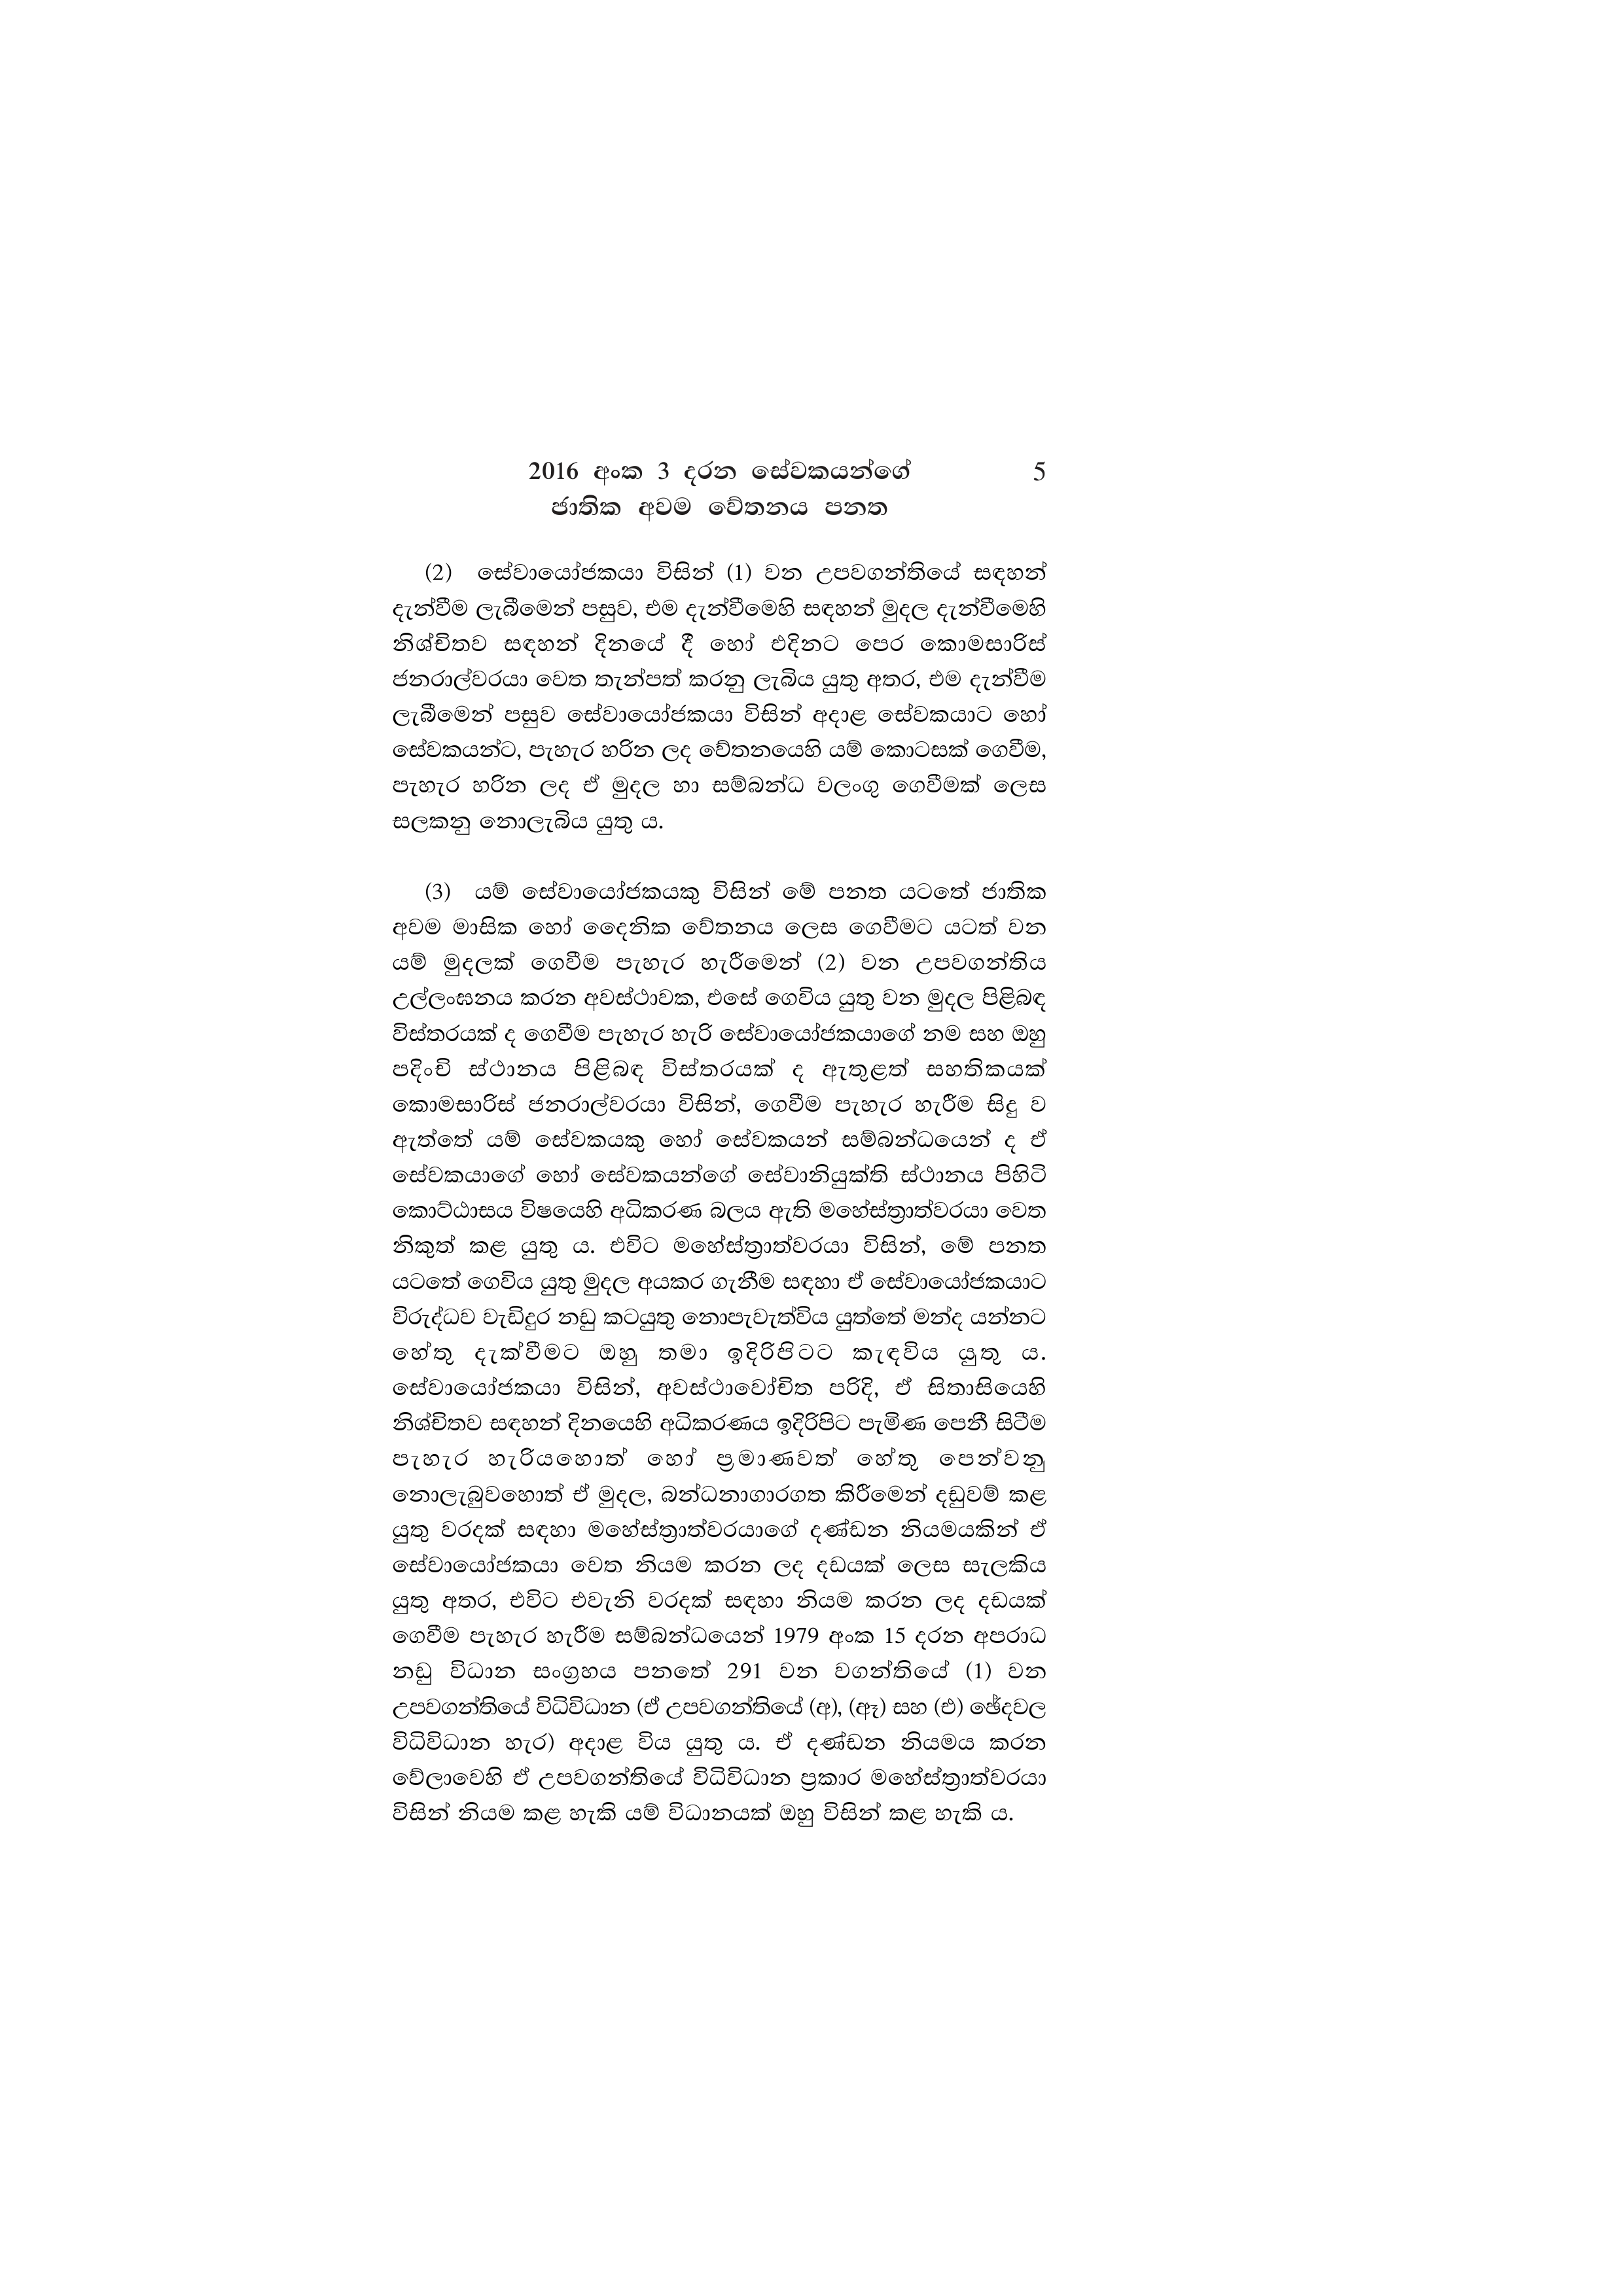
2016 අංක 3 දරන සේවකයන්ගේ 5
ජාතික අවම වේතනය පනත

(2) සේවායෝජකයා විසින් (1) වන උපවගන්තියේ සඳහන්
දැන්වීම ලැබීමෙන් පසුව, එම දැන්වීමෙහි සඳහන් මුදල දැන්වීමෙහි
නිශ්චිතව සඳහන් දිනයේ දී හෝ එදිනට පෙර කොමසාරිස්
ජනරාල්වරයා වෙත තැන්පත් කරනු ලැබිය යුතු අතර, එම දැන්වීම
ලැබීමෙන් පසුව සේවායෝජකයා විසින් අදාළ සේවකයාට හෝ
සේවකයන්ට, පැහැර හරින ලද වේතනයෙහි යම් කොටසක් ගෙවීම,
පැහැර හරින ලද ඒ මුදල හා සම්බන්ධ වලංගු ගෙවීමක් ලෙස
සලකනු නොලැබිය යුතු ය.

(3) යම් සේවායෝජකයකු විසින් මේ පනත යටතේ ජාතික
අවම මාසික හෝ දෛනික වේතනය ලෙස ගෙවීමට යටත් වන
යම් මුදලක් ගෙවීම පැහැර හැරීමෙන් (2) වන උපවගන්තිය
උල්ලංඝනය කරන අවස්ථාවක, එසේ ගෙවිය යුතු වන මුදල පිළිබඳ
විස්තරයක් ද ගෙවීම පැහැර හැරි සේවායෝජකයාගේ නම සහ ඔහු
පදිංචි ස්ථානය පිළිබඳ විස්තරයක් ද ඇතුළත් සහතිකයක්
කොමසාරිස් ජනරාල්වරයා විසින්, ගෙවීම පැහැර හැරීම සිදු ව
ඇත්තේ යම් සේවකයකු හෝ සේවකයන් සම්බන්ධයෙන් ද ඒ
සේවකයාගේ හෝ සේවකයන්ගේ සේවානියුක්ති ස්ථානය පිහිටි
කොට්ඨාසය විෂයෙහි අධිකරණ බලය ඇති මහේස්ත්‍රාත්වරයා වෙත
නිකුත් කළ යුතු ය. එවිට මහේස්ත්‍රාත්වරයා විසින්, මේ පනත
යටතේ ගෙවිය යුතු මුදල අයකර ගැනීම සඳහා ඒ සේවායෝජකයාට
විරුද්ධව වැඩිදුර නඩු කටයුතු නොපැවැත්විය යුත්තේ මන්ද යන්නට
හේතු දැක්වීමට ඔහු තමා ඉදිරිපිටට කැඳවිය යුතු ය.
සේවායෝජකයා විසින්, අවස්ථාවෝචිත පරිදි, ඒ සිතාසියෙහි
නිශ්චිතව සඳහන් දිනයෙහි අධිකරණය ඉදිරිපිට පැමිණ පෙනී සිටීම
පැහැර හැරියහොත් හෝ ප්‍රමාණවත් හේතු පෙන්වනු
නොලැබුවහොත් ඒ මුදල, බන්ධනාගාරගත කිරීමෙන් දඩුවම් කළ
යුතු වරදක් සඳහා මහේස්ත්‍රාත්වරයාගේ දණ්ඩන නියමයකින් ඒ
සේවායෝජකයා වෙත නියම කරන ලද දඩයක් ලෙස සැලකිය
යුතු අතර, එවිට එවැනි වරදක් සඳහා නියම කරන ලද දඩයක්
ගෙවීම පැහැර හැරීම සම්බන්ධයෙන් 1979 අංක 15 දරන අපරාධ
නඩු විධාන සංග්‍රහය පනතේ 291 වන වගන්තියේ (1) වන
උපවගන්තියේ විධිවිධාන (ඒ උපවගන්තියේ (අ), (ඈ) සහ (එ) ඡේදවල
විධිවිධාන හැර) අදාළ විය යුතු ය. ඒ දණ්ඩන නියමය කරන
වේලාවෙහි ඒ උපවගන්තියේ විධිවිධාන ප්‍රකාර මහේස්ත්‍රාත්වරයා
විසින් නියම කළ හැකි යම් විධානයක් ඔහු විසින් කළ හැකි ය.